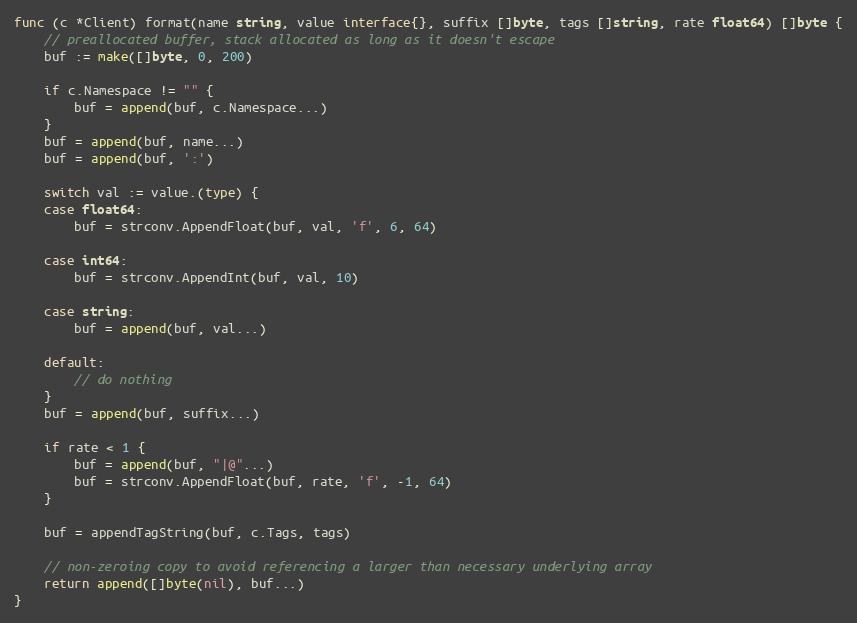
Language: Go
func (c *Client) format(name string, value interface{}, suffix []byte, tags []string, rate float64) []byte {
	// preallocated buffer, stack allocated as long as it doesn't escape
	buf := make([]byte, 0, 200)

	if c.Namespace != "" {
		buf = append(buf, c.Namespace...)
	}
	buf = append(buf, name...)
	buf = append(buf, ':')

	switch val := value.(type) {
	case float64:
		buf = strconv.AppendFloat(buf, val, 'f', 6, 64)

	case int64:
		buf = strconv.AppendInt(buf, val, 10)

	case string:
		buf = append(buf, val...)

	default:
		// do nothing
	}
	buf = append(buf, suffix...)

	if rate < 1 {
		buf = append(buf, "|@"...)
		buf = strconv.AppendFloat(buf, rate, 'f', -1, 64)
	}

	buf = appendTagString(buf, c.Tags, tags)

	// non-zeroing copy to avoid referencing a larger than necessary underlying array
	return append([]byte(nil), buf...)
}